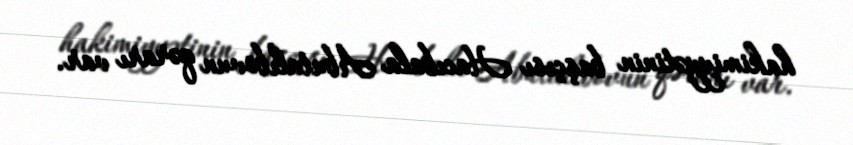
hakimiyyətinin başçısı Hacıbala Abutalıbovun qərarı var.